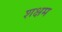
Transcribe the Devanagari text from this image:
शक्षम